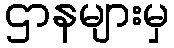
ဌာနများမှ